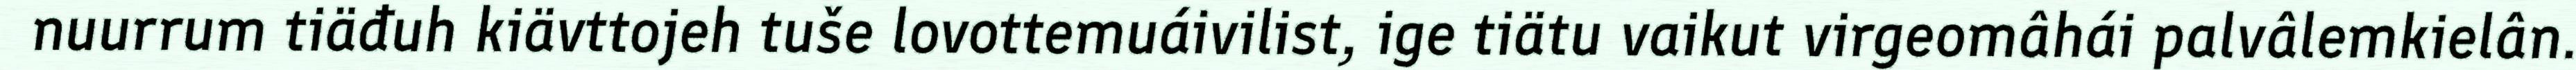
nuurrum tiäđuh kiävttojeh tuše lovottemuáivilist, ige tiätu vaikut virgeomâhái palvâlemkielân.